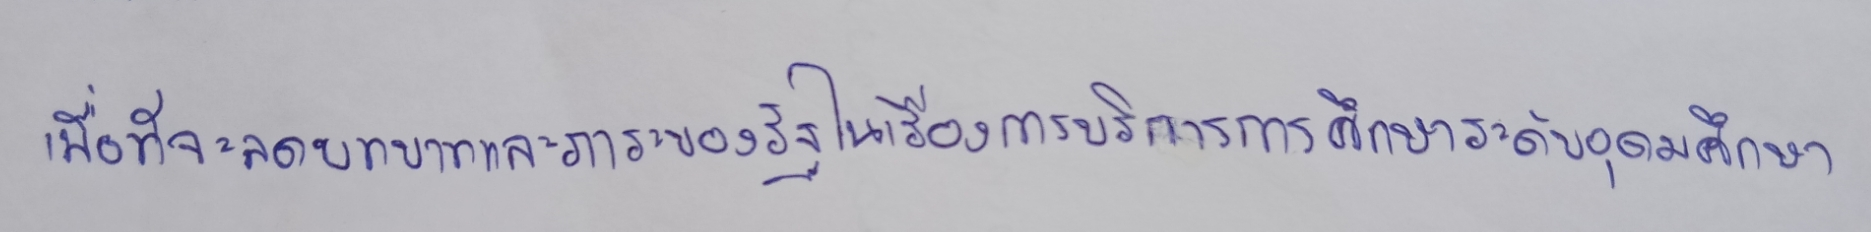
เพื่อที่จะลดบทบาทและภาระของรัฐในเรื่องการบริการการศึกษาระดับอุดมศึกษา